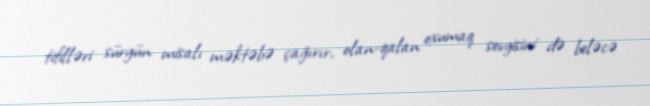
tifilləri sürgün misalı məktəbə çağırır, olan-qalan oxumaq sevgisini də beləcə